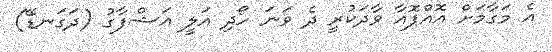
އެ މަގާމަށް އޮއްޕޮއާ ވާދަކުރީ ދެ ވަނަ ހޯދި އަލީ އަޝްފާގު (ދަގަނޑޭ)